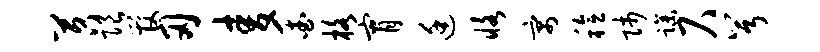
苕限管刃麦查格宵廷恪寓稔师躁尺兮